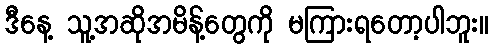
ဒီနေ့ သူ့အဆိုအမိန့်တွေကို မကြားရတော့ပါဘူး။